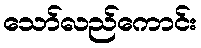
သော်လည်ကောင်း